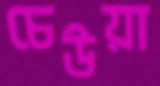
চেউয়া